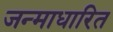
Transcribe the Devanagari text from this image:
जन्‍माधारित